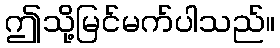
ဤသို့မြင်မက်ပါသည်။